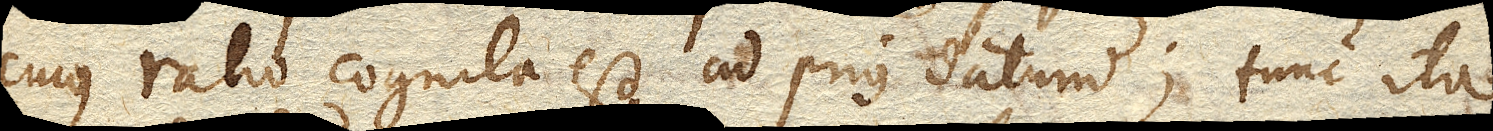
cujus ratio cognita est ad prius datum; tunc ita